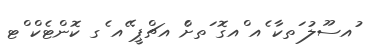
ުއސޫލު ަތކާ ެއ ްއގޮ ަތށްެ އޗްޕީ ޭއ ެގ ކޮންޓެކް ްޓ